Insane asylums Bombay 1873-77 - 1873-1877
Year: 1873
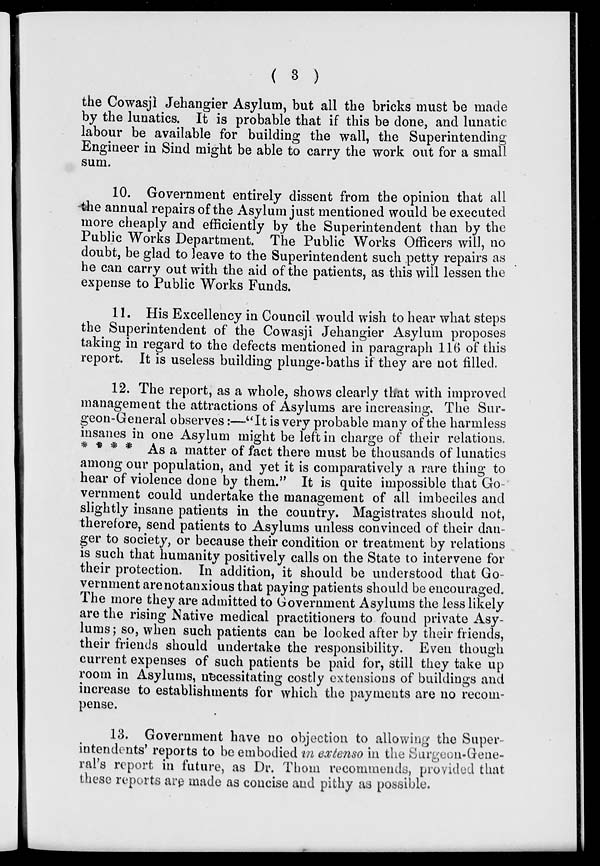
( 3 )
the Cowasjì Jehangier Asylum, but all the bricks must be made
by the lunatics. It is probable that if this be done, and lunatic
labour be available for building the wall, the Superintending
Engineer in Sind might be able to carry the work out for a small
sum.
10. Government entirely dissent from the opinion that all
the annual repairs of the Asylum just mentioned would be executed
more cheaply and efficiently by the Superintendent than by the
Public Works Department. The Public Works Officers will, no
doubt, be glad to leave to the Superintendent such petty repairs as
he can carry out with the aid of the patients, as this will lessen the
expense to Public Works Funds.
11. His Excellency in Council would wish to hear what steps
the Superintendent of the Cowasji Jehangier Asylum proposes
taking in regard to the defects mentioned in paragraph 116 of this
report. It is useless building plunge-baths if they are not filled.
12. The report, as a whole, shows clearly that with improved
management the attractions of Asylums are increasing. The Sur-
geon-General observes:—"It is very probable many of the harmless
insanes in one Asylum might be left in charge of their relations.
* * * * As a matter of fact there must be thousands of lunatics
among our population, and yet it is comparatively a rare thing to
hear of violence done by them." It is quite impossible that Go-
vernment could undertake the management of all imbeciles and
slightly insane patients in the country. Magistrates should not,
therefore, send patients to Asylums unless convinced of their dan-
ger to society, or because their condition or treatment by relations
is such that humanity positively calls on the State to intervene for
their protection. In addition, it should be understood that Go-
vernment are not anxious that paying patients should be encouraged.
The more they are admitted to Government Asylums the less likely
are the rising Native medical practitioners to found private Asy-
lums; so, when such patients can be looked after by their friends,
their friends should undertake the responsibility. Even though
current expenses of such patients be paid for, still they take up
room in Asylums, necessitating costly extensions of buildings and
increase to establishments for which the payments are no recom-
pense.
13. Government have no objection to allowing the Super-
intendents' reports to be embodied in extenso in the Surgeon-Gene-
ral's report in future, as Dr. Thom recommends, provided that
these reports are made as concise and pithy as possible.